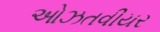
ઓઝતવીયર